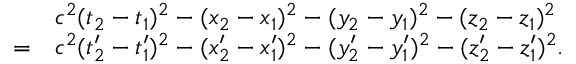
{ \begin{array} { r l } & { c ^ { 2 } ( t _ { 2 } - t _ { 1 } ) ^ { 2 } - ( x _ { 2 } - x _ { 1 } ) ^ { 2 } - ( y _ { 2 } - y _ { 1 } ) ^ { 2 } - ( z _ { 2 } - z _ { 1 } ) ^ { 2 } } \\ { = } & { c ^ { 2 } ( t _ { 2 } ^ { \prime } - t _ { 1 } ^ { \prime } ) ^ { 2 } - ( x _ { 2 } ^ { \prime } - x _ { 1 } ^ { \prime } ) ^ { 2 } - ( y _ { 2 } ^ { \prime } - y _ { 1 } ^ { \prime } ) ^ { 2 } - ( z _ { 2 } ^ { \prime } - z _ { 1 } ^ { \prime } ) ^ { 2 } . } \end{array} }